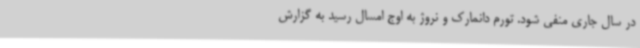
در سال جاری منفی شود. تورم دانمارک و نروژ به اوج امسال رسید به گزارش